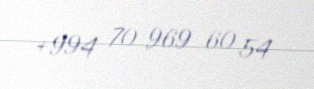
+994 70 969 60 54